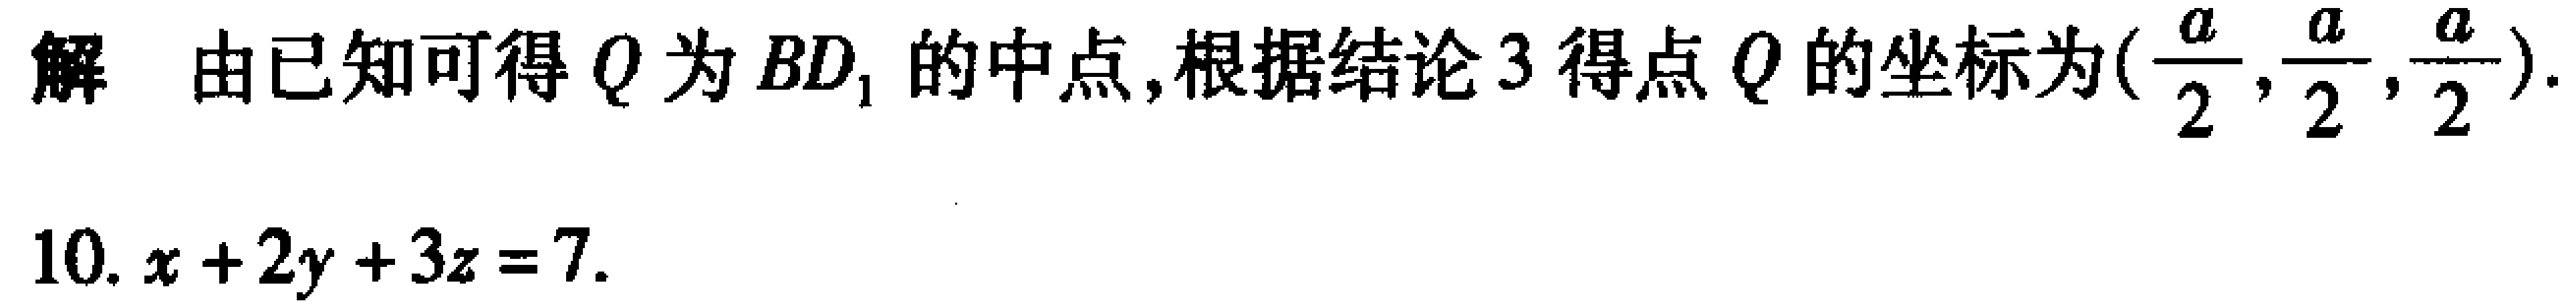
解 由已知可得 \(Q\) 为 \(BD_1\) 的中点,根据结论 3 得点 \(Q\) 的坐标为\((\frac{a}{2},\frac{a}{2},\frac{a}{2})\).

10. \(x + 2y + 3z = 7\).